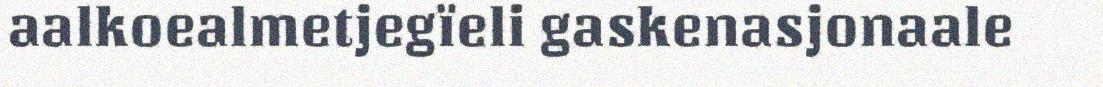
aalkoealmetjegïeli gaskenasjonaale